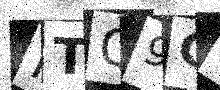
Text: PTQ9C9